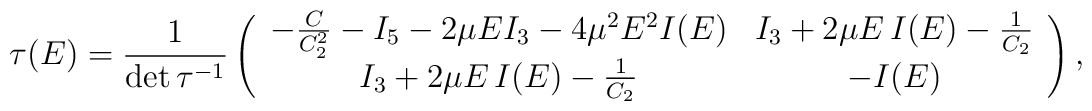
{\bf \tau}(E)=\frac{1}{\det {\bf \tau}^{-1}} \left( \begin{array}{cc}-\frac{C}{C_2^2} - I_5 - 2 \mu E I_3 - 4 \mu^2 E^2 I(E) & I_3 + 2 \mu E \, I(E) -\frac{1}{C_2}\\ I_3 + 2 \mu E \, I(E) - \frac{1}{C_2} & -I(E)\end{array} \right),